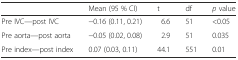
<table><thead><tr><td></td><td><b>Mean (95 % CI)</b></td><td><b>t</b></td><td><b>df</b></td><td><b><i>p</i> value</b></td></tr></thead><tbody><tr><td>Pre IVC—post IVC</td><td>−0.16 (0.11, 0.21)</td><td>6.6</td><td>51</td><td>&lt;0.05</td></tr><tr><td>Pre aorta—post aorta</td><td>−0.05 (0.02, 0.08)</td><td>2.9</td><td>51</td><td>0.035</td></tr><tr><td>Pre index—post index</td><td>0.07 (0.03, 0.11)</td><td>44.1</td><td>551</td><td>0.01</td></tr></tbody></table>